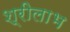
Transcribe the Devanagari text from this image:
श्रीलाभ